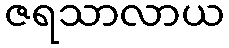
ဇရသာလာယ